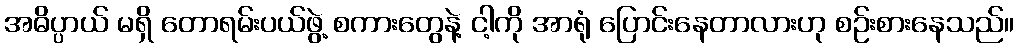
အဓိပ္ပာယ် မရှိ တောရမ်းပယ်ဖွဲ့ စကားတွေနဲ့ ငါ့ကို အာရုံ ပြောင်းနေတာလားဟု စဉ်းစားနေသည်။